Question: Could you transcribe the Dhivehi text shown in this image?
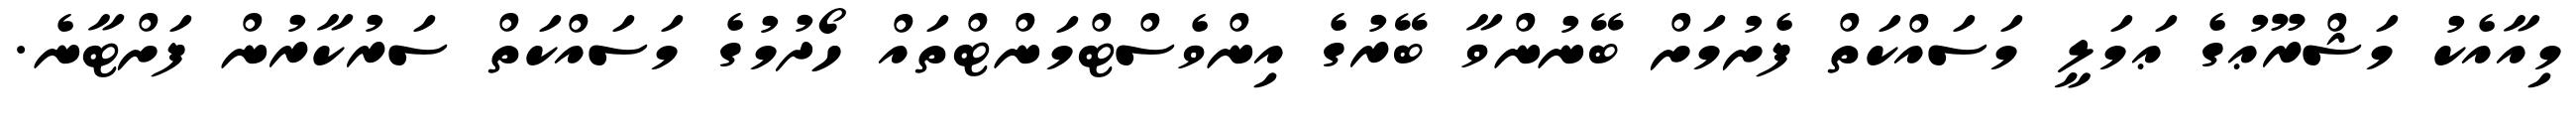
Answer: މިއާއެކު މަޝްރޫޢުގެ ޢަމަލީ މަސައްކަތް ފެށުމަށް ބޭނުންވާ ބޭރުގެ އިންވެސްޓްމަންޓްތައް ހޯދުމުގެ މަސައްކަތް ސަރުކާރުން ފަށްޓާނެ.